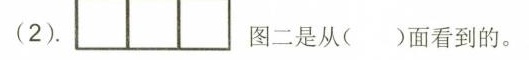
(2)。 图二是从( )面看到的。